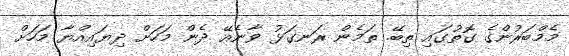
މެމްބަރުންގެ ގޮތުގައި ތިބޭ. ތަމެން ރަނގަޅު ވާނެއޭ ދެން މަހަށް ދިޔައިއްޔާ މަހަށް